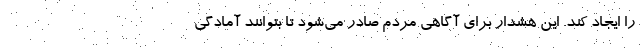
را ایجاد کند. این هشدار برای آگاهی مردم صادر می‌شود تا بتوانند آمادگی